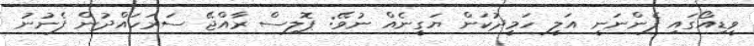
ވީޑިއޯގައި ފެންނަނީ އަލީ ހަމީދުކަން ޔަގީނެއް ނުވޭ: ޕޮލިސް ރާއްޖޭ ސަރަހައްދުން ފެނުނު